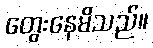
တွေးနေမိသည်။